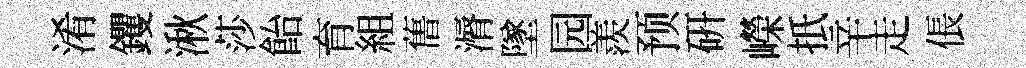
淆钁湫莎飴育組𦾔漘墜园羨预硏嶸扺辛走倀